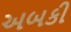
અબકી